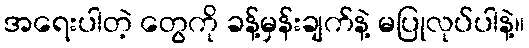
အရေးပါတဲ့ တွေကို ခန့်မှန်းချက်နဲ့ မပြုလုပ်ပါနဲ့။